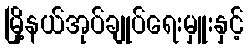
မြို့နယ်အုပ်ချုပ်ရေးမှူးနှင့်